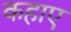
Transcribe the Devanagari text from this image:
कहाए